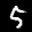
Label: 5